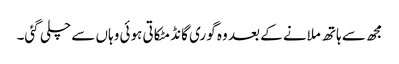
مجھ سے ہاتھ ملانے کے بعد وہ گوری گانڈ مٹکاتی ہوئی وہاں سے چلی گئی۔